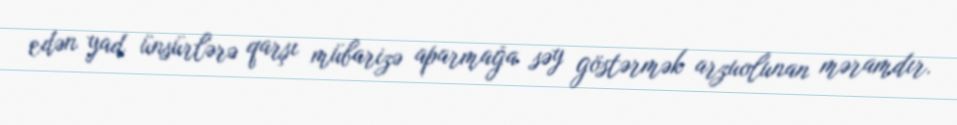
edən yad ünsürlərə qarşı mübarizə aparmağa səy göstərmək arzuolunan məramdır.